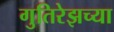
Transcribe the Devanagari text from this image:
गुतिरेझच्या